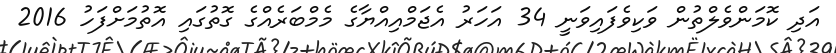
އަދި ކޮމަންވެލްތުން ވަކިވެފައިވަނީ 34 އަހަރު އެޖަމްއިއްޔާގެ މެމްބަރެއްގެ ގޮތުގައި އޮތުމަށްފަހު 2016